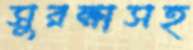
সুরক্ষাসহ